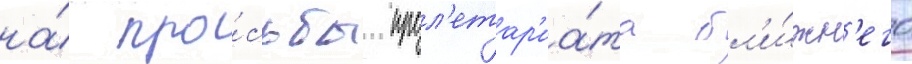
на́ про́сьбы прол'етар'иа́та бл'и́жн'его